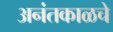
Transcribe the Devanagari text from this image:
अनंतकाळचे